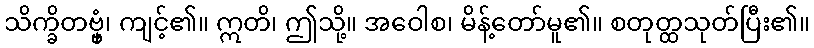
သိက္ခိတဗ္ဗှံ၊ ကျင့်၏။ ဣတိ၊ ဤသို့။ အဝေါစ၊ မိန့်တော်မူ၏။ စတုတ္ထသုတ်ပြီး၏။